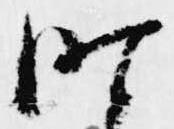
昨